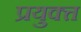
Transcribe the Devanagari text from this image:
प्रयुक्त्त